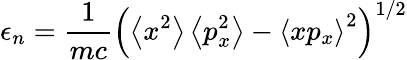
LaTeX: \epsilon_{n}=\frac{1}{mc}\left(\left<x^{2}\right>\left<p_{x}^{2}\right>-\left<xp_{x}\right>^{2}\right)^{1/2}